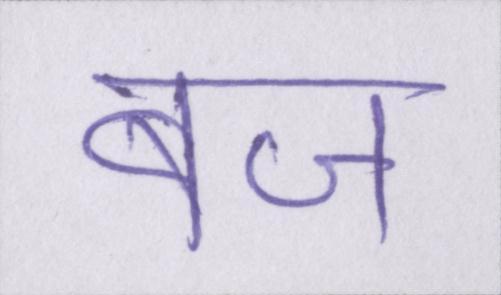
बज